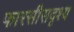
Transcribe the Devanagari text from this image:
फारसीसदृश्य